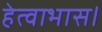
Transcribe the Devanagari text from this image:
हेत्वाभास।